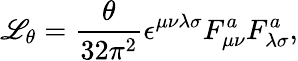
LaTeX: {\cal\mathscr{L}}_{\theta}=\frac{{\theta}}{{32{\pi}^{2}}}\epsilon^{\mu\nu\lambda\sigma}F_{\mu\nu}^{a}F_{\lambda\sigma}^{a},